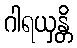
ဂါရယှန္တိ